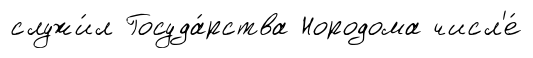
служи́л Госуда́рства Нородома числ'е́